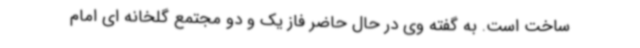
ساخت است. به گفته وی در حال حاضر فاز یک و دو مجتمع گلخانه ای امام